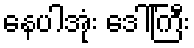
နေပါအုံး ဒေါ်ကြီး